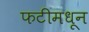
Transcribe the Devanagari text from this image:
फटीमधून